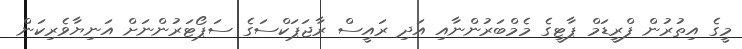
މީގެ އިތުރުން ފްރީޑަމް ޕާޓީގެ މެމްބަރުންނާއި އަދި ރައީސް ރާޖަޕަކްސަގެ ސަޕޯޓަރުންނަށް އަނިޔާވެރިކަން